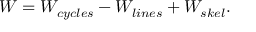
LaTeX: W = W _ { c y c l e s } - W _ { l i n e s } + W _ { s k e l } .